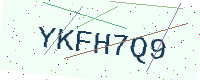
Text: YKFH7Q9